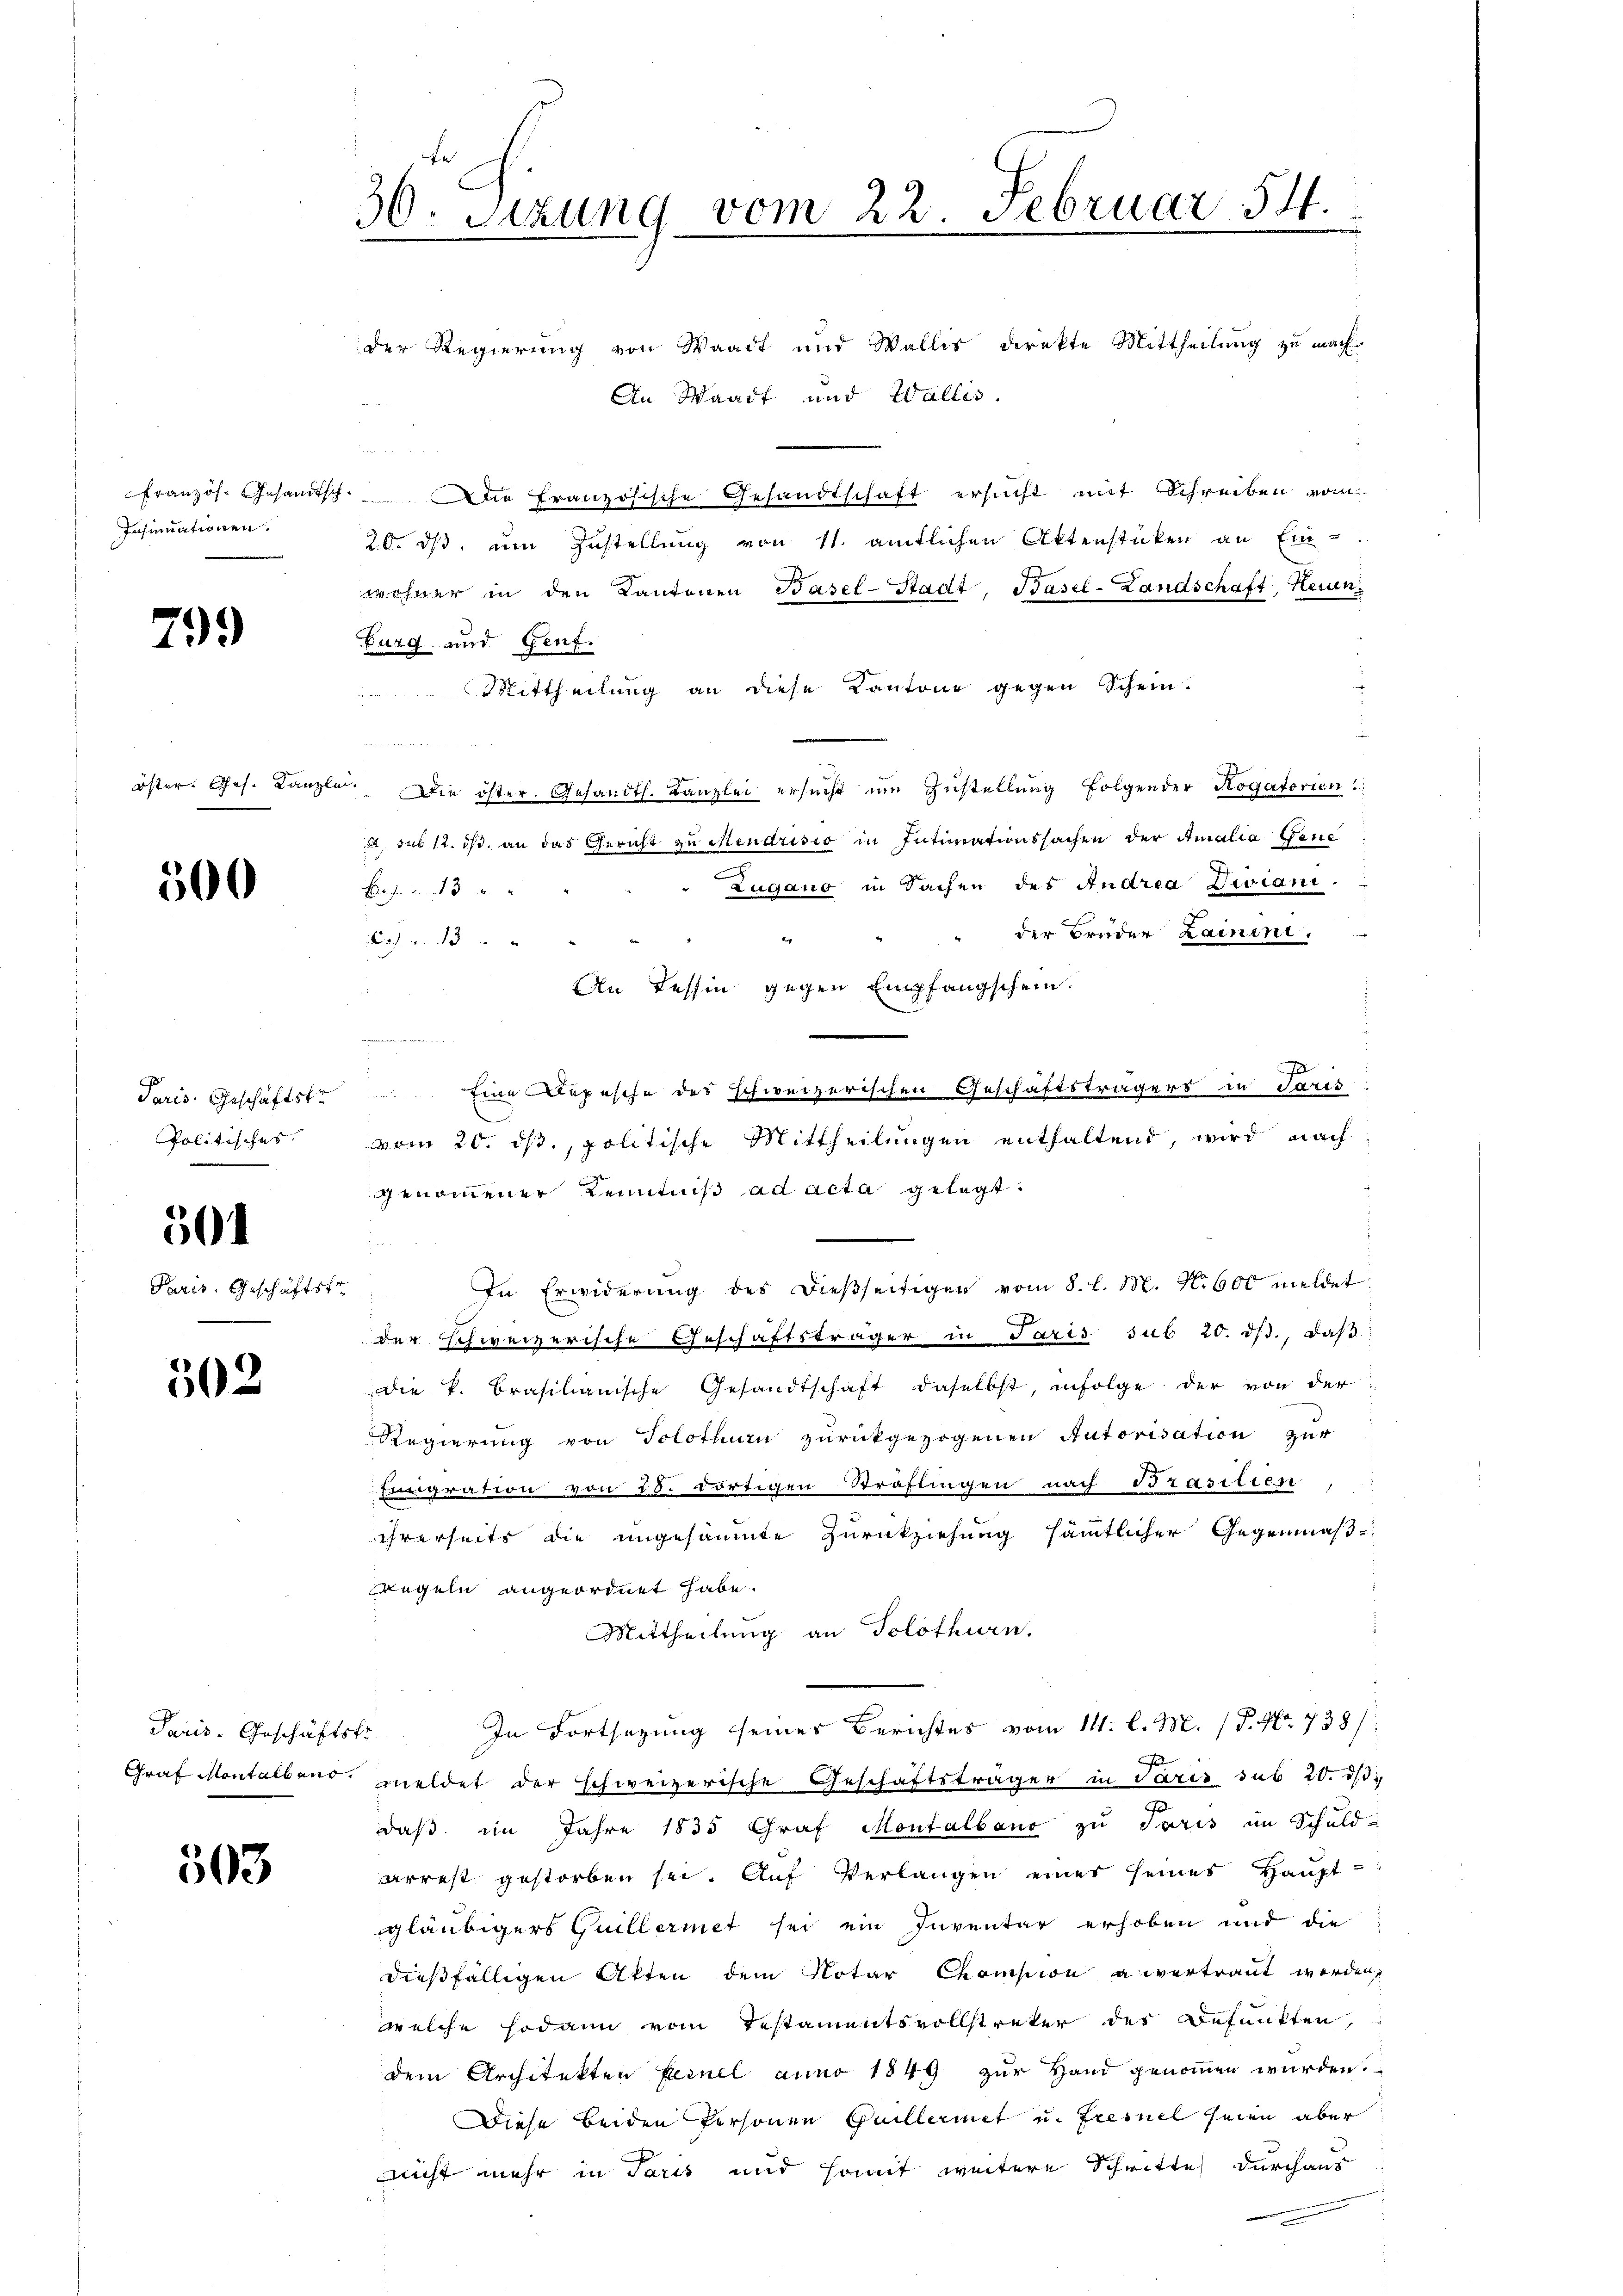
Insinuationen.

799

500

Politisches

501

502

Paris. Geschäftskr

503

30. Sizung vom 22. Februar 54.

An Waadt und Walles.
Französ. Gesamtsch. Die Französische Gesandtschaft ersucht mit Schreiben vom
20. ds, um Zustellung von 11. amtlichen Aktenstücken an Ein-
wohner in den Kantonen Basel-Stadt, Basel-Landschaft, Heuen.
Burg und Genf.
Mittheilung an diese Kantone gegen Schein.

öster. Ges. Kanzlei. Die öster. Gesandts. Kanzlei ersŭcht um Zustellung folgender Rogatorien
A. sub 12. ds. an das Gericht zu Mendrisio in Intimationssachen der Amalia Gene
Zugano in Sachen des Andrea Dwiani-
B
der Bruder Lainini.
Prof. von 13
An Tessin gegen Empfangschein.
e
Ja
Paris. Geschäftste Eine Depesche des schweizerischen Geschäftsträgers in daris
vom 20. ds., politische Mittheilungen enthaltend, wird nach
genommener Kenntniß ad acta gelegt.
Paris. Geschäftstr. In Erwiderŭng des dieβseitigen vom 8. l. M. Nr. 600 meldet
der schweizerische Geschäftsträger in Paris sub 20. ds., daß
die k. Brasilianische Gesandtschaft daselbst, infolge der von der
Regierung von Solothurn zurückgezogenen Autorisation zur
Emigration von 28. dortigen Sträflingen nach Brasilien
ihrerseits die ungesäumte Zurückziehung sämmtlicher Gegenmäß¬
Regeln angeordnet habe.
Mittheilung an Solothurn.
In Fortsezung seines Berichtes vom 11. l. M. (T. No. 738/
Graf Montalbano meldet der schweizerische Geschäftsträger in Paris sub 20. ds.
daß im Jahre 1835 Graf Montalbano zu Paris im Schuld-
arrest gestorben sei. Aŭf Verlangen einer seines Haupt-
gläubigers Guillermet sei ein Inventar erhoben und die
dießfälligen Akten dem Notar Champion anvertraut werden,
welche sodann vom Testamentsvollstreter des Befunkten,
dem Architekten Fernel anno 1849 zur Hand genommen wurden.
Diese beiden Personen Guillermet u. Fresnel seien aber
nicht mehr in Paris und somit weitere Schritte durchaus

der Regierung von Waadt und Wallis direkte Mittheilung zu mach¬